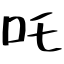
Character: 吒